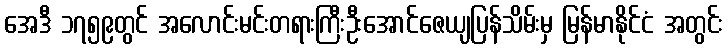
အေဒီ ၁၇၅၉တွင် အလောင်းမင်းတရားကြီးဦးအောင်ဇေယျပြန်သိမ်းမှ မြန်မာနိုင်ငံ အတွင်း